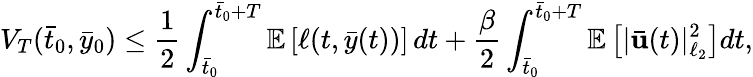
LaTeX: V_{T}(\bar{t}_{0},\bar{y}_{0})\leq\frac{1}{2}\int_{\bar{t}_{0}}^{\bar{t}_{0}+T}\mathbb{E}\left[\ell(t,\bar{y}(t))\right]\, dt+\frac{\beta}{2}\int_{\bar{t}_{0}}^{\bar{t}_{0}+T}\mathbb{E}\left[|\bar{\mathbf{u}}(t)|_{\ell_{2}}^{2}\right]dt,